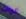
عراك